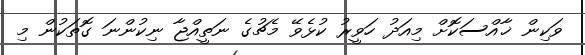
ވަކިން ޚާއްސަކޮށް މިއަދު ހަވީރު ކުޅެވޭ މެޗުގެ ނަތީއްޖާ ނިކުންނަ ގޮތަކުން މި